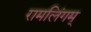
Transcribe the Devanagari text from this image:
रामलिंगम्